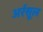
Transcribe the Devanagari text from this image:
अर्रसूल